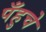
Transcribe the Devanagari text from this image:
पँहुचे